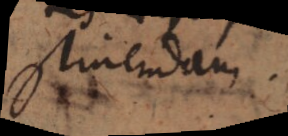
stinendam.